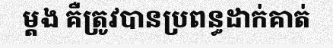
ម្តង គឺត្រូវបានប្រពន្ធដាក់គាត់